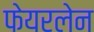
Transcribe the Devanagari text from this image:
फेयरलेन